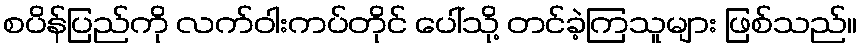
စပိန်ပြည်ကို လက်ဝါးကပ်တိုင် ပေါ်သို့ တင်ခဲ့ကြသူများ ဖြစ်သည်။